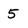
Character: 5